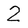
Character: 2